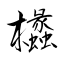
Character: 欚